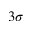
3 \sigma